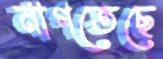
নাগতেছে